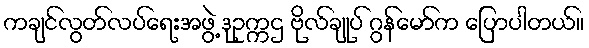
ကချင်လွတ်လပ်ရေးအဖွဲ့ ဒုဥက္ကဌ ဗိုလ်ချုပ် ဂွန်မော်က ပြောပါတယ်။